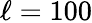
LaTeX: \ell=100